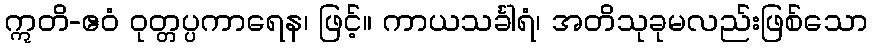
ဣတိ-ဧဝံ ဝုတ္တပ္ပကာရေန၊ ဖြင့်။ ကာယသင်္ခါရံ၊ အတိသုခုမလည်းဖြစ်သော